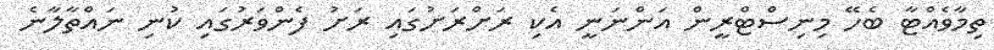
ތިމާވެއްޓާ ބެހޭ މިނިސްޓްރީން އަންނަނީ އެކި ރަށްރަށުގައި ރަށު ފެންވަރުގައި ކުނި ނައްތާލާނެ